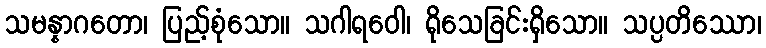
သမန္နာဂတော၊ ပြည့်စုံသော။ သဂါရဝေါ၊ ရိုသေခြင်းရှိသော။ သပ္ပတိဿော၊